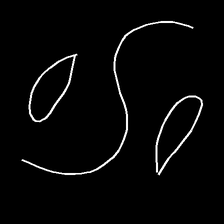
Glyph: water